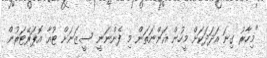
"މިހާރު ގިނަ އަދަދަކަށް މީހުން އަންނަތަން މި ފެންނަނީ ސީޒަނަށް ޓުއާ އޮޕަރޭޓަރުން